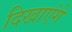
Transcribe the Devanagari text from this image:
दिखाएंगे